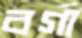
বর্গা